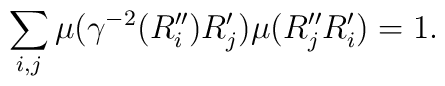
\sum_{i,j} \mu(\gamma^{-2}(R_i'')R_j') \mu( R_j''R_i') =1 .